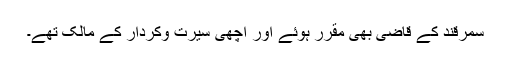
سمرقند کے قاضی بھی مقرر ہوئے اور اچھی سیرت وکردار کے مالک تھے۔